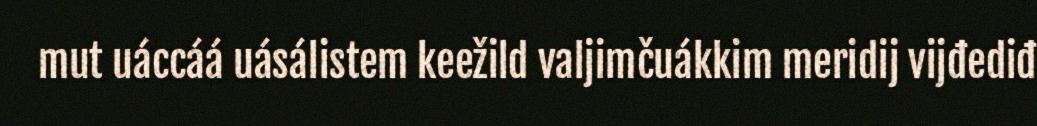
mut uáccáá uásálistem keežild valjimčuákkim meridij vijđediđ